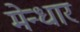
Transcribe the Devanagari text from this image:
मेन्धार